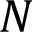
N